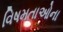
વિષમતાઓના